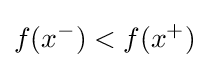
f(x^{-})<f(x^{+})